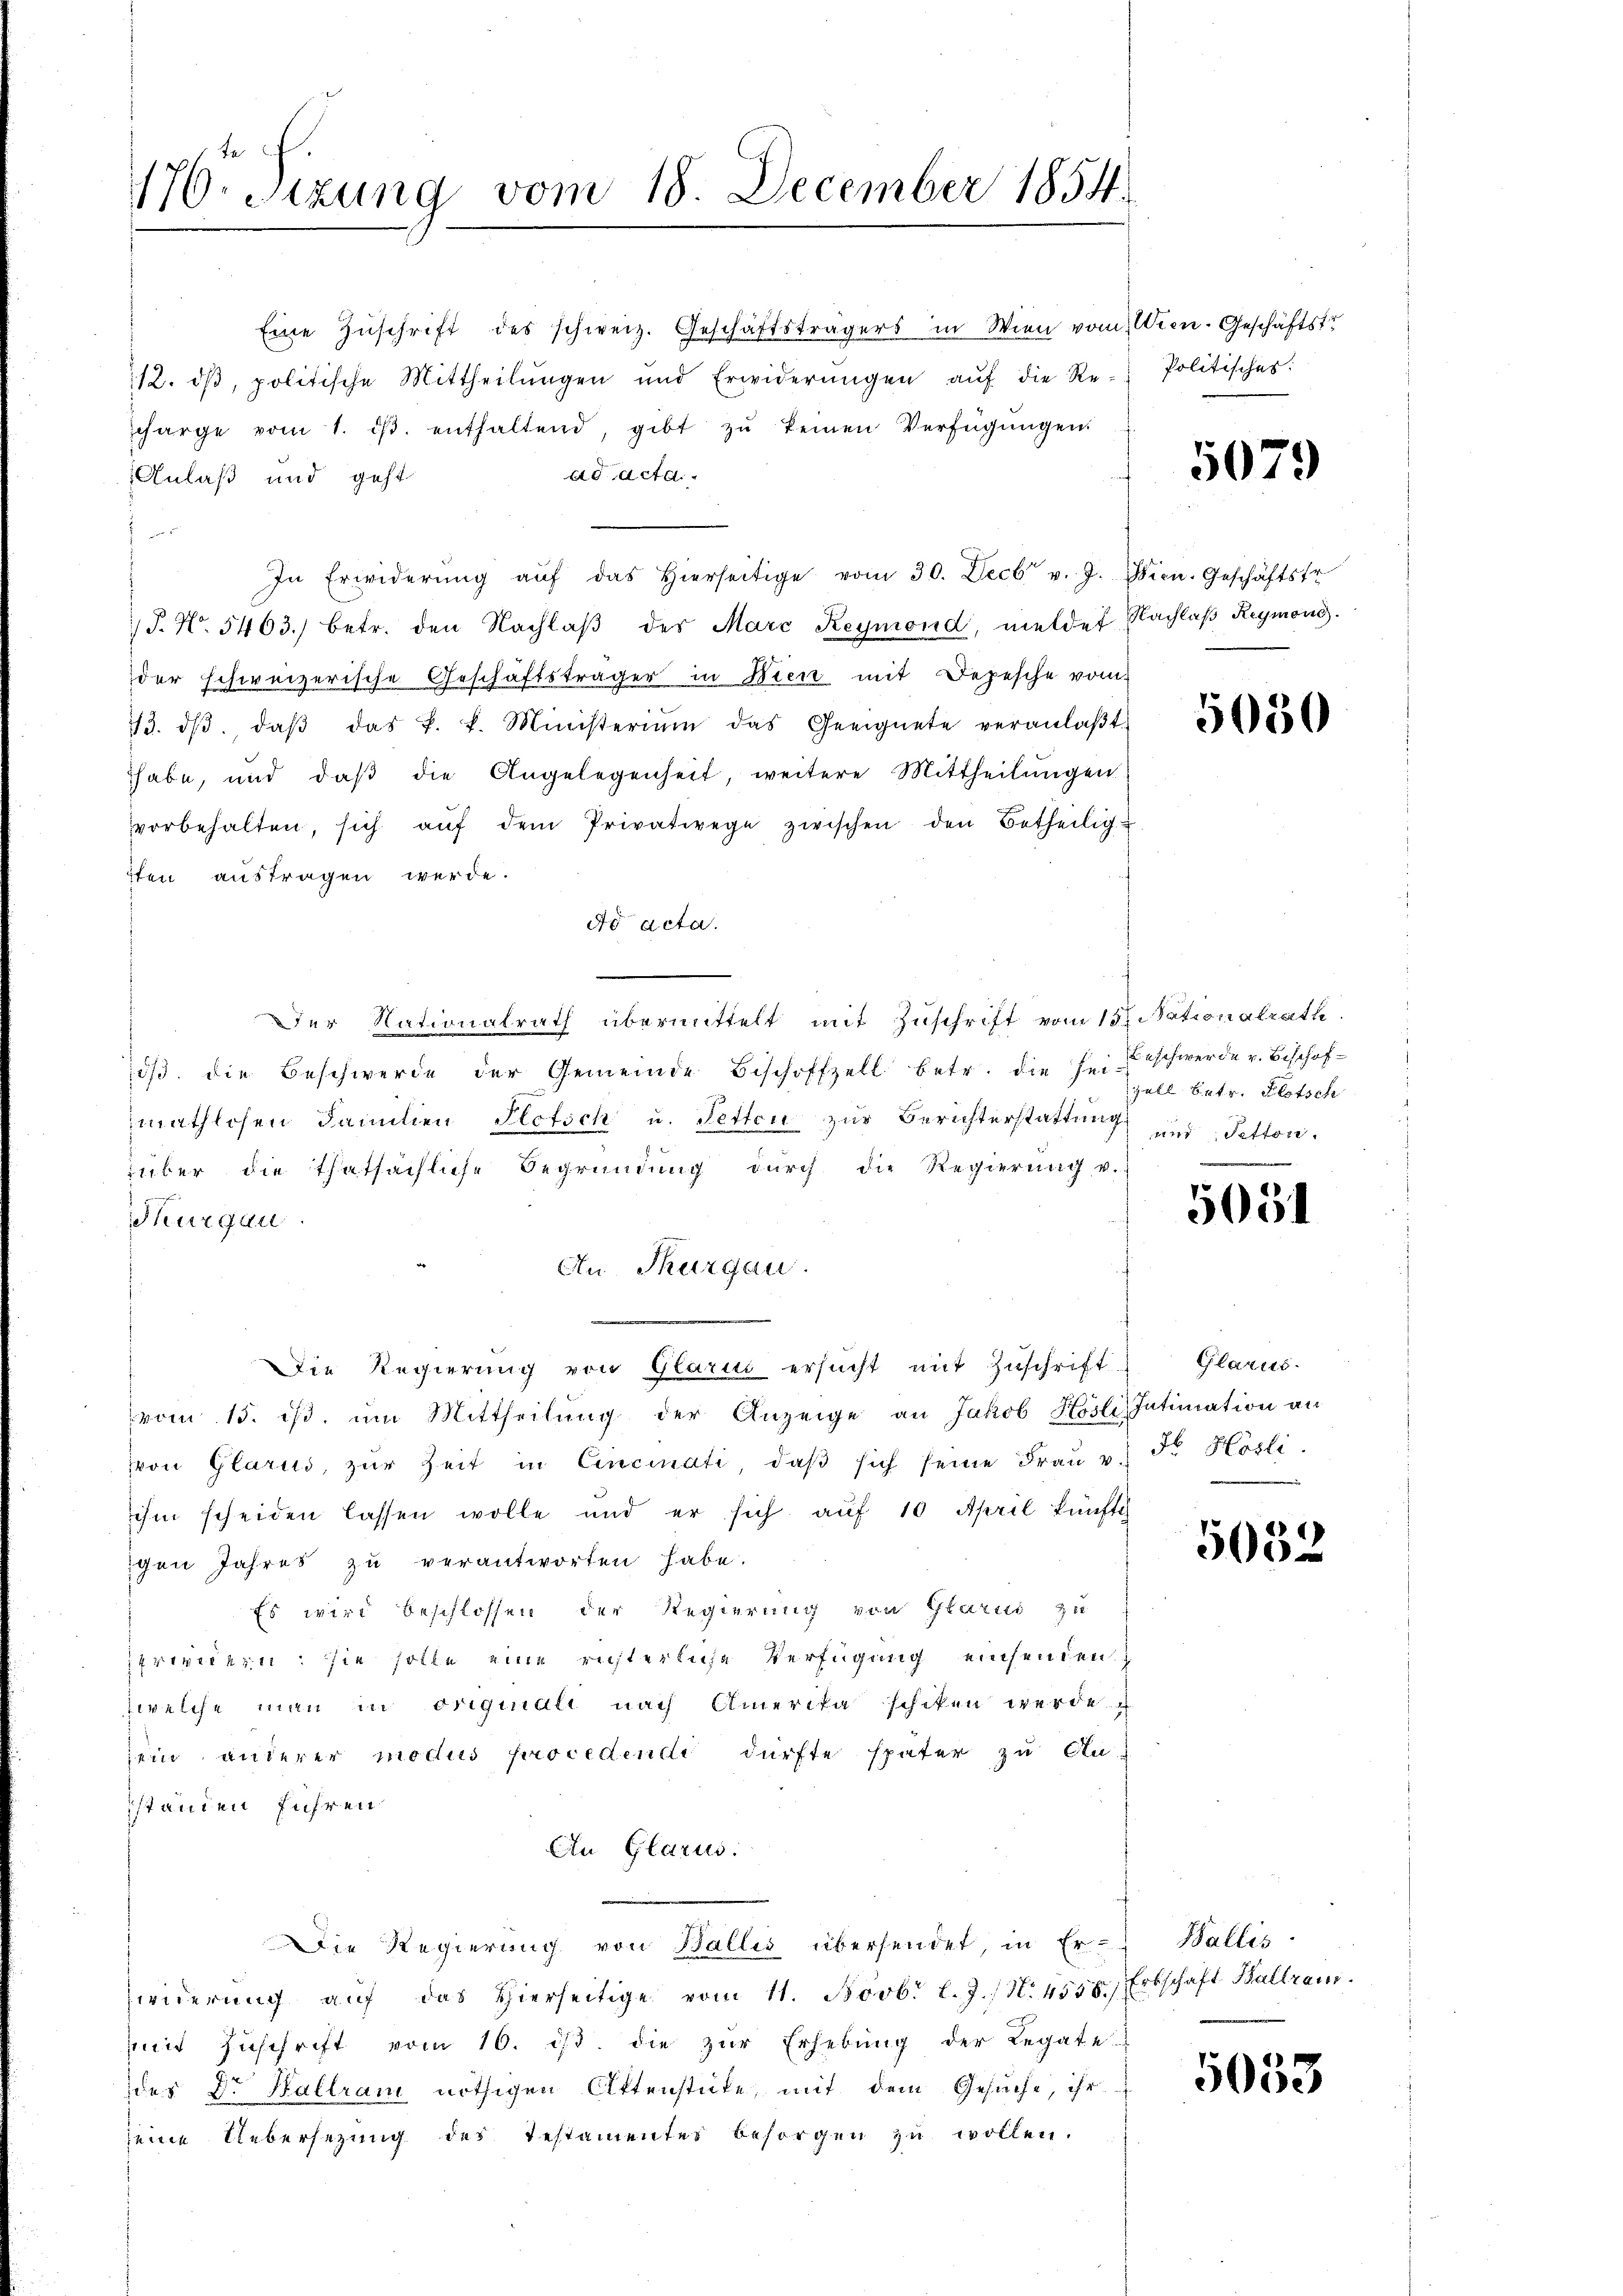
176. Sizung vom 18. December 1854.

Eine Zŭschrift des schweiz. Geschäftsträgers in Wien vom Wien. Geschäftstr
12. dβ, politische Mittheilŭngen und Erwiderŭngen aŭf die Re-Politisches:
scharge vom 1. dβ. enthaltend, gibt zŭ keinen Verfügŭngen
ad acta.
Anlaß und geht
f und
In Erwiderŭng aŭf das hierseitige vom 30. Decbr v. J. Wien. Geschäftstr
/J. No. 5463) betr. den Nachlaβ des Marc Reymond, meldes Nachlaβ Reymond.
der schweizerische Geschäftsträger in Wien mit Depesche vom
73. dβ daβ das k. k. Ministerium das Geeignete veranlaβt.
habe, und daβ die Angelegenheit, weitere Mittheilŭngen
vorbehalten, sich aŭf dem Privatwege zwischen den Betheilig-
ten austragen werde.
do acta.
der Nationalrath übermittelt mit Zuschrift vom 15te Sationalrath
dβ. die Beschwerde der Gemeinde Beschoffzell betr. die sei Beschwerde v. Beschaf-
mathlosen Familien Plotsch u. Petten zur Berichterstattung
iüber die thatsächliche Begründung dŭrch die Regierŭng v.
Purgau.
An Thurgau.
Die Regierung von Glarus ersucht mit Zuschrift-
vom 15. ist, um Mittheilung der Anzeige an Jakob Hösli Intimation an
von Glarus, zŭr Zeit in Cincinati, daβ sich seine Fraŭ v. dr. Hösli
ihm scheiden lassen wolle und er sich aŭf 10 April künftch
igen Jahres zu verantworten habe.
Es wird beschlossen der Regierung von Glarus zu
erweitern: sie solle eine richterliche Verfügung einsenden.
,welche man in originali nach Amerika schiken werde
sein anderer modus procedendi dürfte später zu An-
standen führen
An Glarus:
Die Regierŭng von Wallis übersendet, in Er- Wallis
Zwiderŭng aŭf das hierseitige vom 11. Novbr l.J. (N. 4558.) Erbschaft Hallrain.
mmit Zuschrift vom 16. ist. die zur Erhebung der Legate-
des Dr. Hallram nöthigen Ottenstute, mit dem Gesuche, ihr
seine Uebersezung des Testamentes besorgen zŭ wollen.

5079

5050

Fall betr. Plotsch
und Tetton.
e

5054

Glarus.

5052

5058